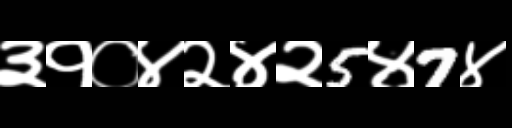
Text: ३१०४२४२5४7४